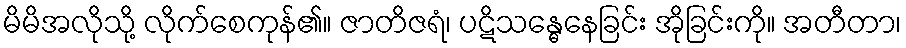
မိမိအလိုသို့ လိုက်စေကုန်၏။ ဇာတိဇရံ၊ ပဋိသန္ဓေနေခြင်း အိုခြင်းကို။ အတီတာ၊